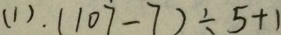
( 1 ) . ( 1 0 \dot { 7 } - 7 ) \div 5 + 1